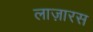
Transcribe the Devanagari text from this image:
लाज़ारस